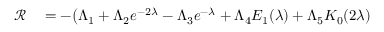
\begin{array} { r l } { \mathcal { R } } & { { } = - \big ( \Lambda _ { 1 } + \Lambda _ { 2 } e ^ { - 2 \lambda } - \Lambda _ { 3 } e ^ { - \lambda } + \Lambda _ { 4 } E _ { 1 } ( \lambda ) + \Lambda _ { 5 } K _ { 0 } ( 2 \lambda ) } \end{array}